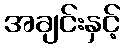
အချင်းနှင့်